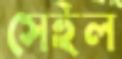
সেইল